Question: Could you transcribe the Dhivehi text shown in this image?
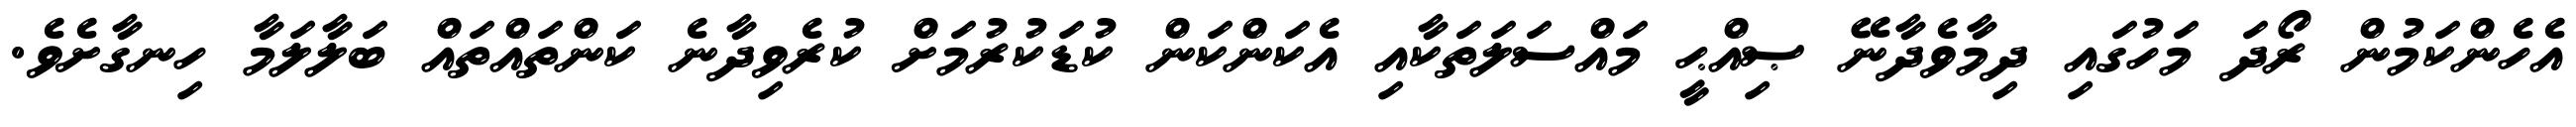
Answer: އެހެންކަމުން ރޯދަ މަހުގައި ދިމާވެދާނޭ ޞިއްޙީ މައްސަލަތަކާއި އެކަންކަން ކުޑަކުރުމަށް ކުރެވިދާނެ ކަންތައްތައް ބަލާލަމާ ހިނގާށެވެ.